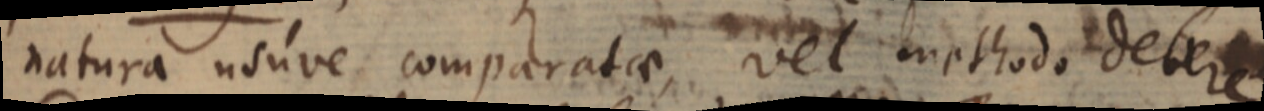
natura usuve comparatae, vel methodo debere